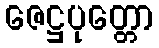
ဇေဋ္ဌပုတ္တော